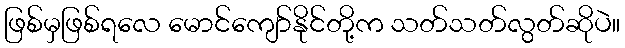
ဖြစ်မှဖြစ်ရလေ မောင်ကျော်နိုင်တို့က သတ်သတ်လွတ်ဆိုပဲ။